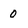
Character: 0